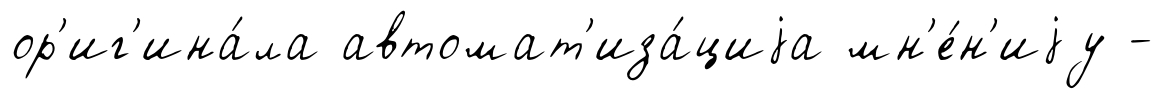
ор'иг'ина́ла автомат'иза́циjа мн'е́н'иjу -